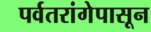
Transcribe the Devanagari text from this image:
पर्वतरांगेपासून